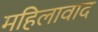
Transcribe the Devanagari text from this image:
महिलावाद